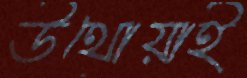
উথোয়াই